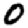
Digit: 0